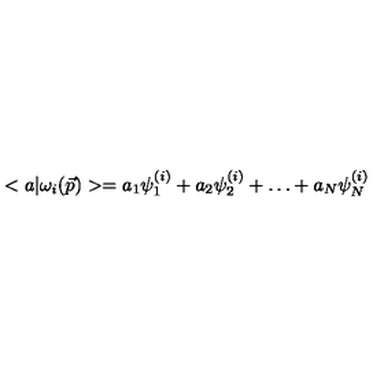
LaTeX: < a | \omega _ { i } ( \vec { p } ) > = a _ { 1 } \psi _ { 1 } ^ { ( i ) } + a _ { 2 } \psi _ { 2 } ^ { ( i ) } + \ldots + a _ { N } \psi _ { N } ^ { ( i ) }